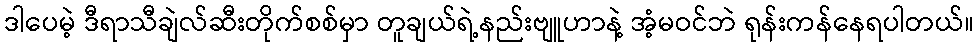
ဒါပေမဲ့ ဒီရာသီချဲလ်ဆီးတိုက်စစ်မှာ တူချယ်ရဲ့နည်းဗျူဟာနဲ့ အံ့မဝင်ဘဲ ရုန်းကန်နေရပါတယ်။